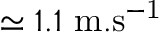
\simeq 1 . 1 ~ \mathrm { m . s ^ { - 1 } }